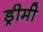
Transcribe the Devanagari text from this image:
ड्रीमी